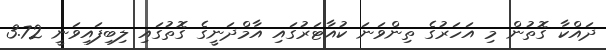
ދައްކާ ގޮތުން މި އަހަރުގެ ތިންވަނަ ކުއާޓަރުގައި އާމްދަނީގެ ގޮތުގައި ލިބިފައިވަނީ 3.72